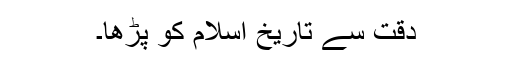
دقت سے تاریخ اسلام کو پڑھا۔